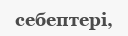
себептері,